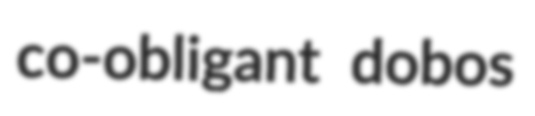
co-obligant dobos